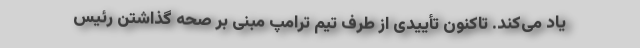
یاد می‌کند. تاکنون تأییدی از طرف تیم ترامپ مبنی بر صحه گذاشتن رئیس